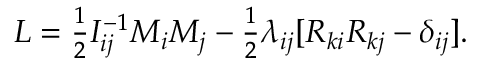
\begin{array} { r } { L = \frac 1 2 I _ { i j } ^ { - 1 } M _ { i } M _ { j } - \frac 1 2 \lambda _ { i j } [ R _ { k i } R _ { k j } - \delta _ { i j } ] . } \end{array}